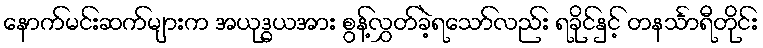
နောက်မင်းဆက်များက အယုဒ္ဓယအား စွန့်လွှတ်ခဲ့ရသော်လည်း ရခိုင်နှင့် တနင်္သာရီတိုင်း